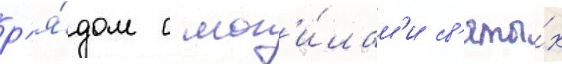
р'я́дом с мог'и́лам'и св'яты́х